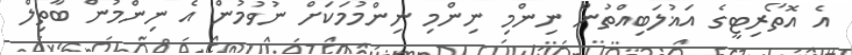
އެ އޮތޯރިޓީގެ އަޣުލަބިއްތުން ނިންމި ނިންމި ނިންމުމަކަށް ނުވުމުން އެ ނިންމުން ބާތިލް